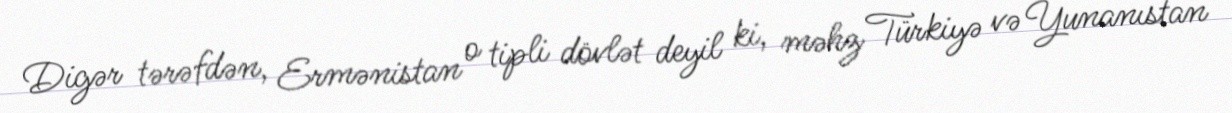
Digər tərəfdən, Ermənistan o tipli dövlət deyil ki, məhz Türkiyə və Yunanıstan